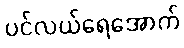
ပင်လယ်ရေအောက်